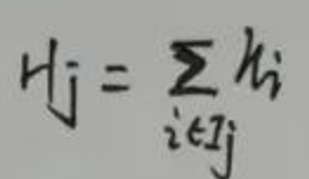
$H_{j}=\sum_{i \in I_{j}} h_{i}$